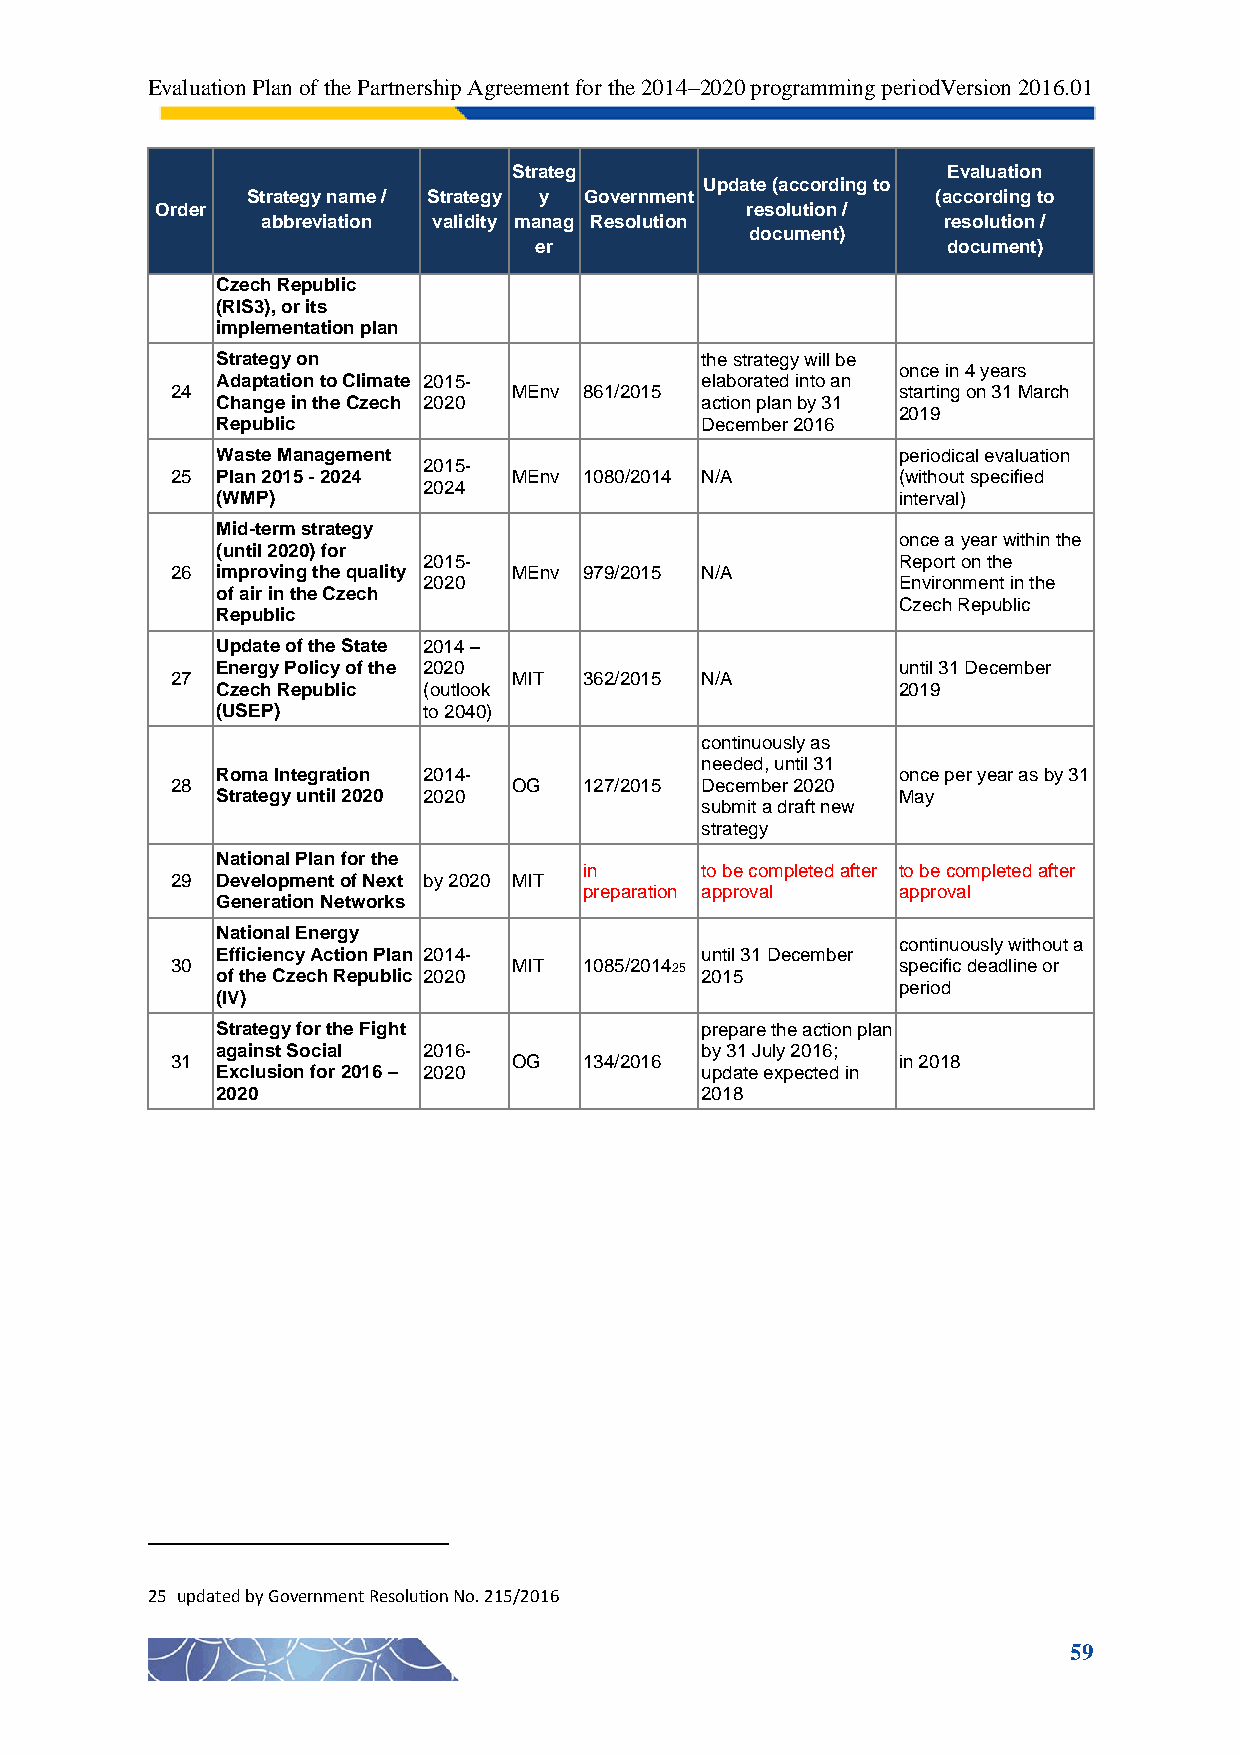
Evaluation Plan of the Partnership Agreement for the 2014–2020 programming periodVersion 2016.01
 Strateg                      Evaluation
 Update (according to
 Strategy name / Strategy y Government         (according to
 Order                                  resolution /
 abbreviation validity manag Resolution       resolution /
 document)
 er                          document)
 Czech Republic
 (RIS3), or its
 implementation plan
 Strategy on                     the strategy will be
 once in 4 years
 Adaptation to Climate 2015-     elaborated into an
 24                     MEnv 861/2015            starting on 31 March
 Change in the Czech 2020        action plan by 31
 2019
 Republic                        December 2016
 Waste Management                             periodical evaluation
 2015-
 25 Plan 2015 - 2024    MEnv 1080/2014 N/A       (without specified
 2024
 (WMP)                                        interval)
 Mid-term strategy
 once a year within the
 (until 2020) for
 2015-                          Report on the
 26 improving the quality MEnv 979/2015 N/A
 2020                           Environment in the
 of air in the Czech
 Czech Republic
 Republic
 Update of the State 2014 –
 Energy Policy of the 2020                    until 31 December
 27                     MIT  362/2015 N/A
 Czech Republic (outlook                      2019
 (USEP)        to 2040)
 continuously as
 needed, until 31
 Roma Integration 2014-                       once per year as by 31
 28                     OG   127/2015 December 2020
 Strategy until 2020 2020                     May
 submit a draft new
 strategy
 National Plan for the
 in     to be completed after to be completed after
 29 Development of Next by 2020 MIT
 preparation approval approval
 Generation Networks
 National Energy
 continuously without a
 Efficiency Action Plan 2014-    until 31 December
 30
 of the Czech Republic 2020
 MIT  1085/201425
 2015
 specific deadline or
 period
 (IV)
 Strategy for the Fight          prepare the action plan
 against Social 2016-            by 31 July 2016;
 31                     OG   134/2016            in 2018
 Exclusion for 2016 – 2020       update expected in
 2020                            2018
 25 updated by Government Resolution No. 215/2016
 59